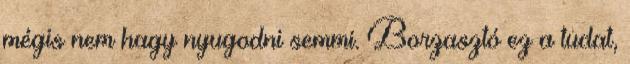
mégis nem hagy nyugodni semmi. Borzasztó ez a tudat,